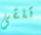
تلقى